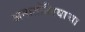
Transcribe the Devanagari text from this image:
अनातोलियाचा